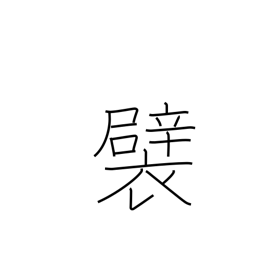
Meaning: tuck